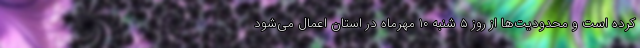
کرده است و محدودیت‌ها از روز ۵ شنبه ۱۰ مهرماه در استان اعمال می‌شود